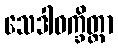
သေဒါဝက္ခိတ္တာ